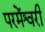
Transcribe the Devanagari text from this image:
परमेंश्वरी